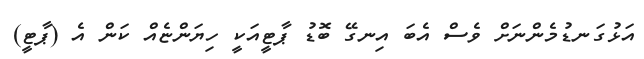
އަޅުގަނޑުމެންނަށް ވެސް އެބަ އިނގޭ ބޮޑު ޕާޓީއަކީ ހިޔަންޏެއް ކަން އެ (ޕާޓީ)